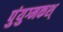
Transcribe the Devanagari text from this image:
पुंयुग्मकश्